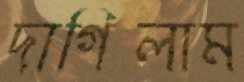
দাগিলাম